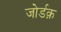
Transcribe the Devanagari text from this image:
जोर्डक़